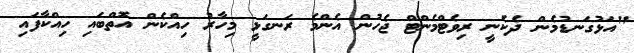
"އަޅުގަނޑުމެން ދެކެނީ ރިވެޓްމެންޓް ޖެހުން އެންމެ ރަނގަޅީ މިހާރު ހިއްކެން އޮތްބައި ހިއްކާފައި